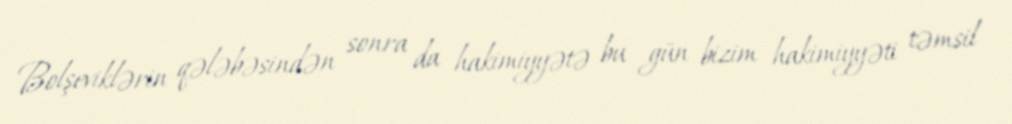
Bolşeviklərin qələbəsindən sonra da hakimiyyətə bu gün bizim hakimiyyəti təmsil